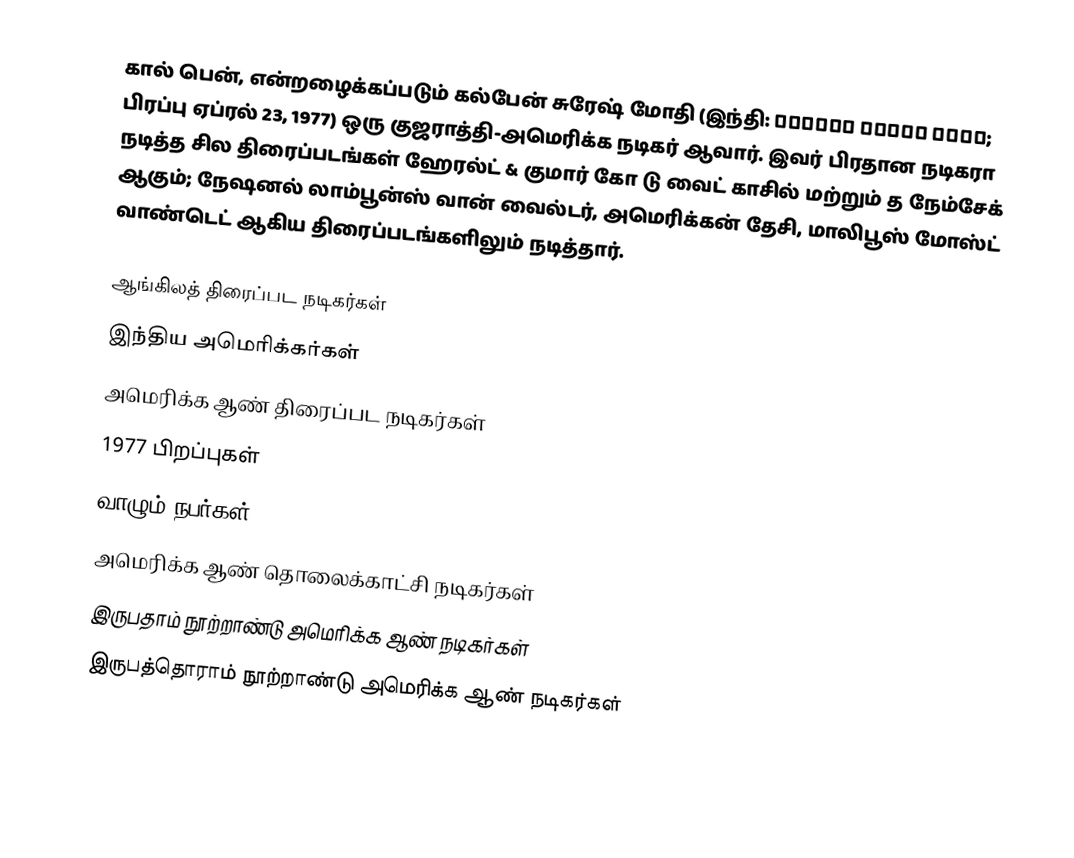
கால் பென், என்றழைக்கப்படும் கல்பேன் சுரேஷ் மோதி (இந்தி: कल्पेन सुरेश मोदी; பிரப்பு ஏப்ரல் 23, 1977) ஒரு குஜராத்தி-அமெரிக்க நடிகர் ஆவார். இவர் பிரதான நடிகரா நடித்த சில திரைப்படங்கள் ஹேரல்ட் & குமார் கோ டு வைட் காசில் மற்றும் த நேம்சேக் ஆகும்; நேஷனல் லாம்பூன்ஸ் வான் வைல்டர், அமெரிக்கன் தேசி, மாலிபூஸ் மோஸ்ட் வாண்டெட் ஆகிய திரைப்படங்களிலும் நடித்தார்.

ஆங்கிலத் திரைப்பட நடிகர்கள்
இந்திய அமெரிக்கர்கள்
அமெரிக்க ஆண் திரைப்பட நடிகர்கள்
1977 பிறப்புகள்
வாழும் நபர்கள்
அமெரிக்க ஆண் தொலைக்காட்சி நடிகர்கள்
இருபதாம் நூற்றாண்டு அமெரிக்க ஆண் நடிகர்கள்
இருபத்தொராம் நூற்றாண்டு அமெரிக்க ஆண் நடிகர்கள்